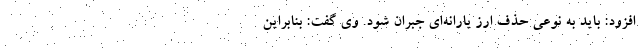
افزود: باید به نوعی حذف ارز یارانه‌ای جبران شود. وی گفت: بنابراین